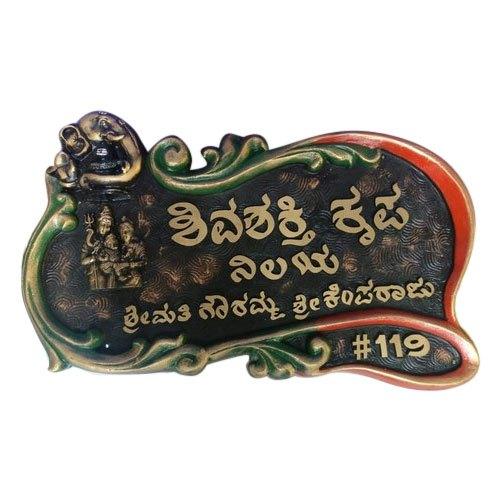
Language: kannada
Transcription: ಕೃಪ ಶ್ರೀಮತಿ ಗೌರಮ್ಮ ನಿಲಯ ಶ್ರೀ ಕೆಂಪರಾಜು ಶಿವಶಕ್ತಿ